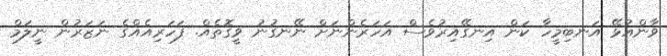
ވާންއުޅޭ އަނބިމީހާ ކަން އިނގޭއިރުވެސް އަހަރެންނަށް ނޭނގުނު ވީގޮތެއް. ފަހަރިއެއްގެ ނަޒަރުން ނީލަމް